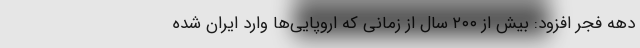
دهه فجر افزود: بیش از ۲۰۰ سال از زمانی که اروپایی‌ها وارد ایران شده